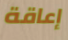
إعاقة